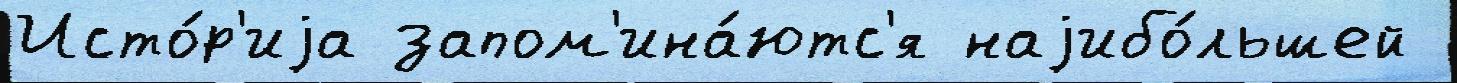
Исто́р'иjа запом'ина́ютс'я наjибо́льшей